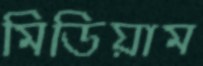
মিডিয়াম